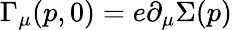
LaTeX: \Gamma_{\mu}(p,0)=e\partial_{\mu}\Sigma(p)